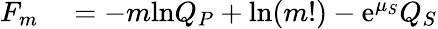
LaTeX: \begin{array}{rl}{F_{m}}&{{}=-m\mathrm{ln}Q_{P}+\mathrm{ln}(m!)-\mathrm{e}^{\mu_{S}}Q_{S}}\end{array}